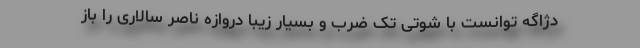
دژاگه توانست با شوتی تک ضرب و بسیار زیبا دروازه ناصر سالاری را باز